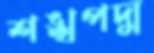
শঙ্খপদ্ম